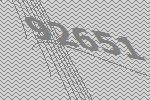
92651